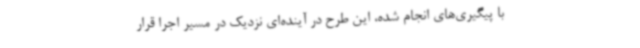
با پیگیری‌های انجام شده، این طرح در آینده‌ای نزدیک در مسیر اجرا قرار